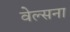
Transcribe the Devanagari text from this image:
वेल्सना